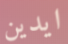
ايدين